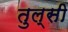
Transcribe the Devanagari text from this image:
तुल्सी